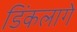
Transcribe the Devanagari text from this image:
डिंकलागे